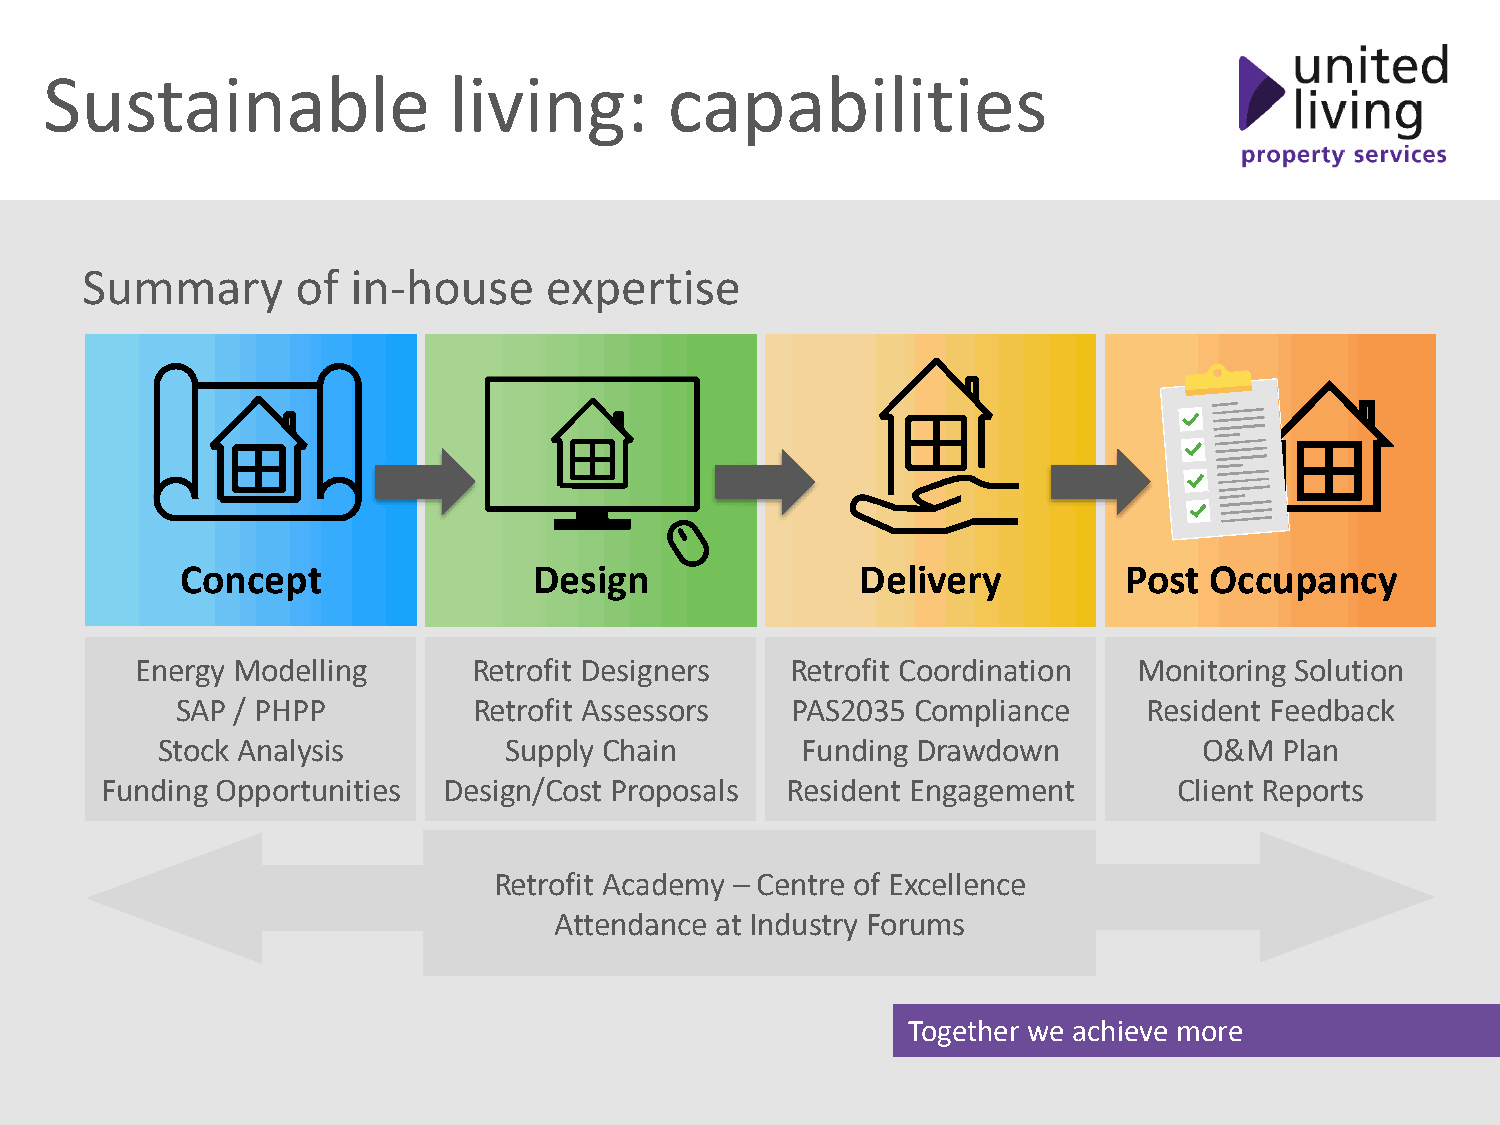
Sustainable                living:       capabilities
 Summary        of in-house     expertise
 Concept                Design                Delivery         Post  Occupancy
 Energy Modelling      Retrofit Designers   Retrofit Coordination  Monitoring Solution
 SAP / PHPP         Retrofit Assessors   PAS2035  Compliance     Resident Feedback
 Stock Analysis         Supply Chain        Funding Drawdown           O&M  Plan
 Funding Opportunities Design/Cost Proposals  Resident Engagement       Client Reports
 Retrofit Academy – Centre of Excellence
 Attendance at Industry Forums
 Together we achieve more